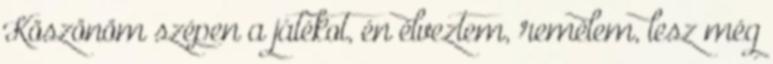
Köszönöm szépen a játékot, én élveztem, remélem, lesz még